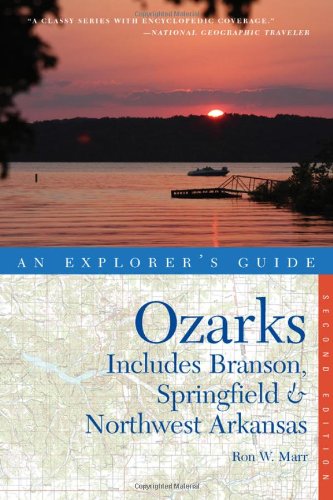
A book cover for Explorer's Guide Ozarks: Includes Branson, Springfield & Northwest Arkansas (Second Edition)  (Explorer's Complete); Ron W. Marr; Travel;